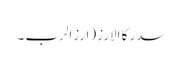
سدر کا الارز (ارزالرب ۔